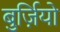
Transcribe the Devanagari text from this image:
बुर्ज़ियो